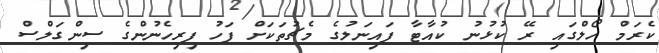
ކެރަމް ހޯލްގައި ރޭ ކުޅުނު ކުއާޓާ ފައިނަލުގެ މެޗުތަކަށް ފަހު ފިރިހެނުންގެ ސިންގަލްސް